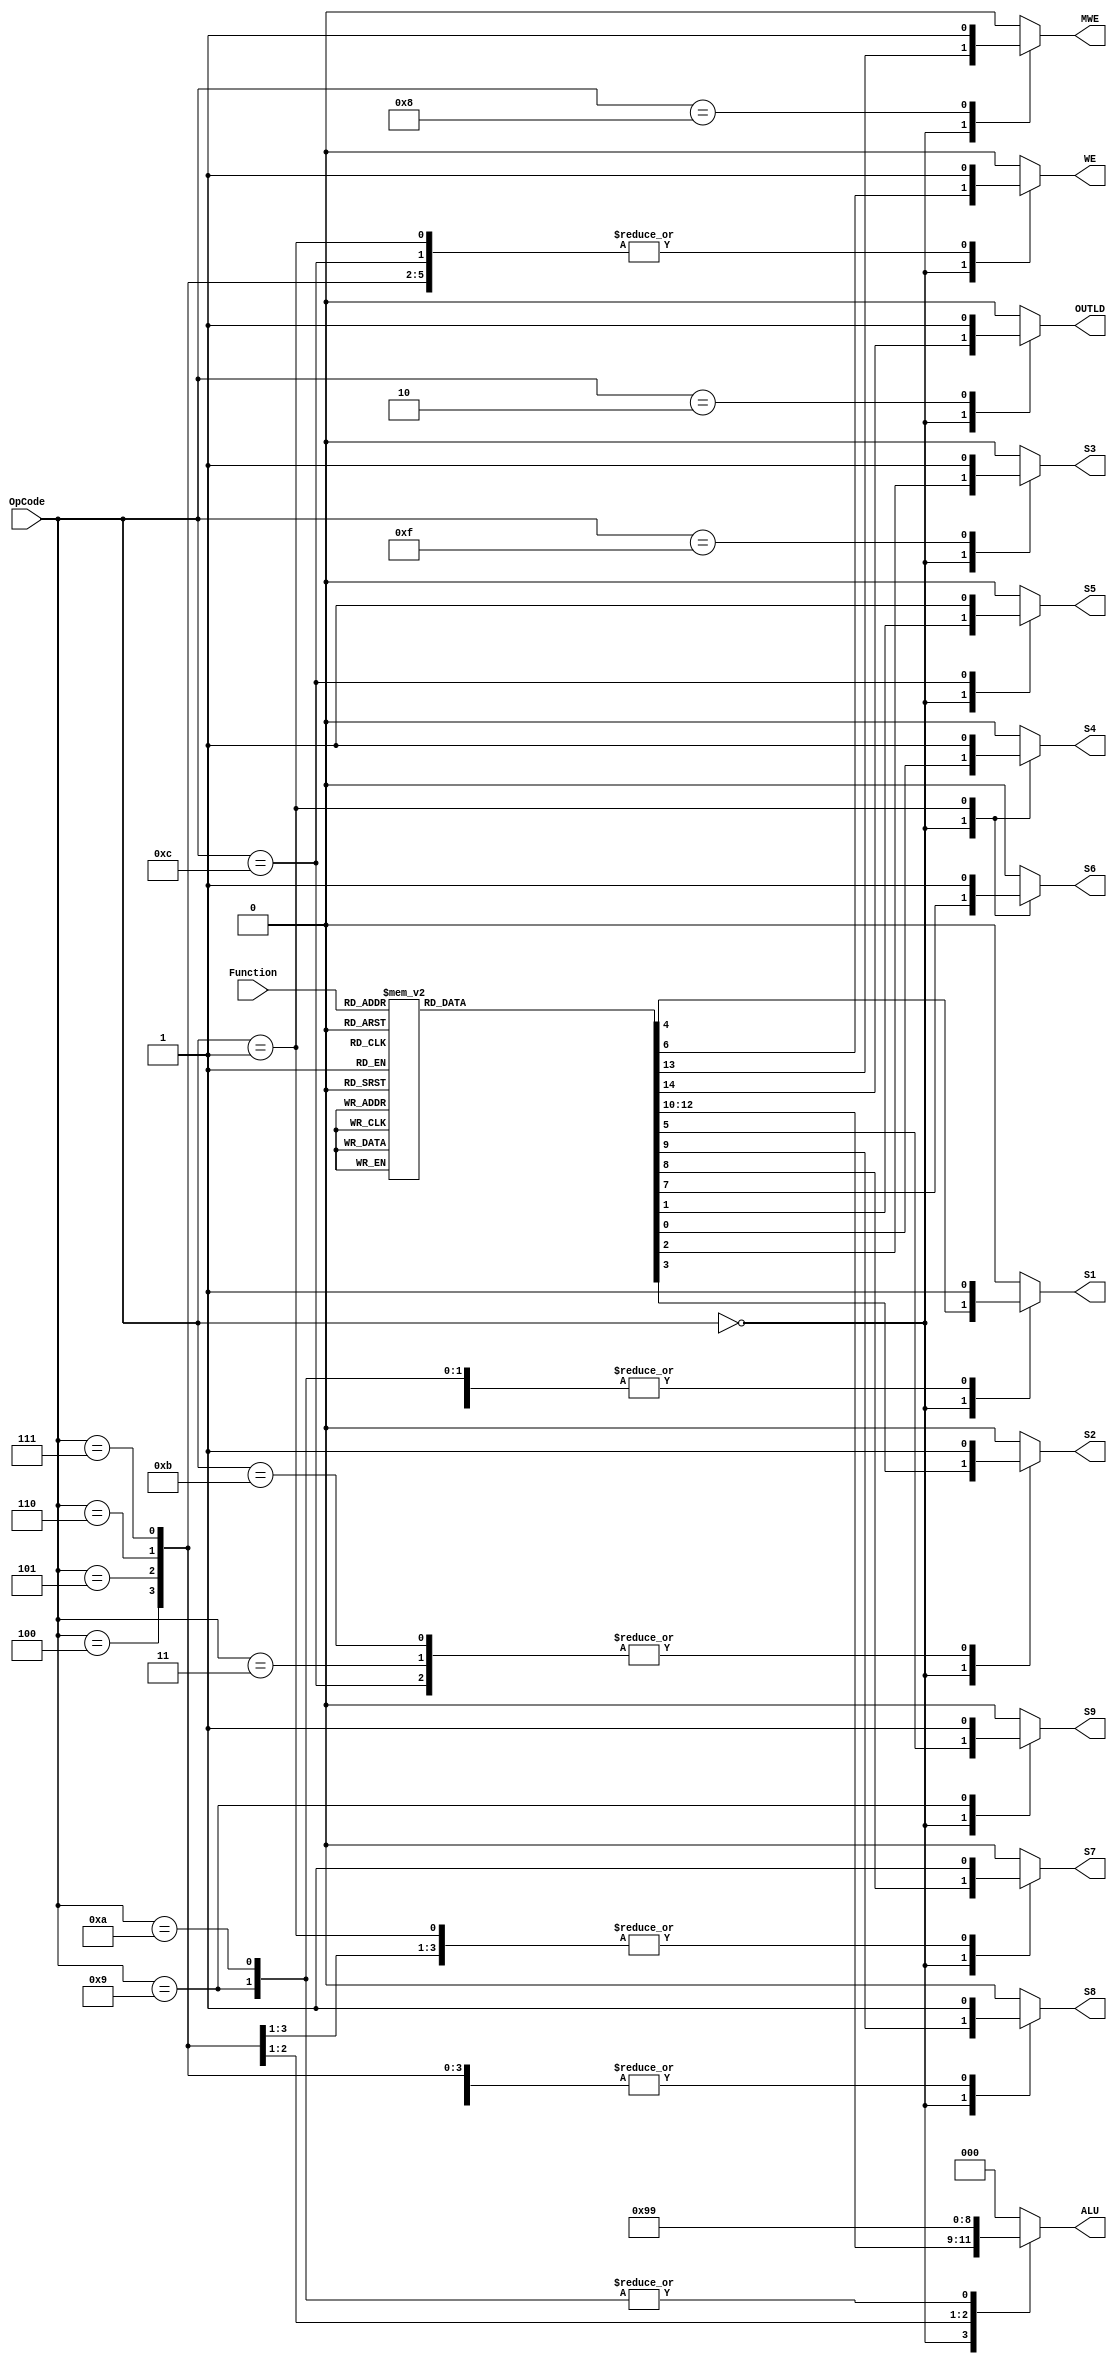
`timescale 1ns / 1ps
//////////////////////////////////////////////////////////////////////////////////
// Company: 
// Engineer: 
// 
// Design Name: 
// Module Name:    ControlUnit 
// Project Name: 
// Target Devices: 
// Tool versions: 
// Description: 
//
// Dependencies: 
//
// Revision: 
// Revision 0.01 - File Created
// Additional Comments: 
//
//////////////////////////////////////////////////////////////////////////////////
module ControlUnit( input [3:0]OpCode,
						  input [2:0]Function,
						  output reg [2:0] ALU,
						  output reg OUTLD, MWE, WE, S1,S2,S3,S4,S5,S6,S7,S8,S9 ); // s4	s5	s3	s2	s1	s9	WE	s6	s7	s8	ALU2	ALU1	ALU0	MWE	OUTLD
	
	always @(*)
	begin
		case (OpCode)
			4'b0000: 
			begin
				case (Function)
					3'b000: 
					begin
						S4=1;
						S5=0;
						S3=0;
						S2=0;
						S1=0;
						S9=0;
						WE=1;
						S6=0;
						S7=1;
						S8=0;
						ALU=3'b000;
						MWE=0;
						OUTLD=0;
					end
					3'b001:
					begin
						S4=1;
						S5=0;
						S3=0;
						S2=0;
						S1=0;
						S9=0;
						WE=1;
						S6=0;
						S7=1;
						S8=0;
						ALU=3'b001;
						MWE=0;
						OUTLD=0;
					end 
					3'b010: 
					begin 
						S4=1;
						S5=0;
						S3=0;
						S2=0;
						S1=0;
						S9=0;
						WE=1;
						S6=0;
						S7=1;
						S8=0;
						ALU=3'b010;
						MWE=0;
						OUTLD=0;
					end
					
					3'b011:
					begin
						S4=1;
						S5=0;
						S3=0;
						S2=0;
						S1=0;
						S9=0;
						WE=1;
						S6=0;
						S7=1;
						S8=0;
						ALU=3'b011;
						MWE=0;
						OUTLD=0;
					end

					3'b100: 
					begin
						S4=1;
						S5=0;
						S3=0;
						S2=0;
						S1=0;
						S9=0;
						WE=1;
						S6=0;
						S7=1;
						S8=0;
						ALU=3'b100;
						MWE=0;
						OUTLD=0;
					end
					3'b101: 
					begin
						S4=1;
						S5=0;
						S3=0;
						S2=0;
						S1=0;
						S9=0;
						WE=1;
						S6=0;
						S7=1;
						S8=0;
						ALU=3'b101;
						MWE=0;
						OUTLD=0;
					end
					3'b110: 
					begin
						S4=1;
						S5=0;
						S3=0;
						S2=0;
						S1=0;
						S9=0;
						WE=1;
						S6=0;
						S7=1;
						S8=0;
						ALU=3'b110;
						MWE=0;
						OUTLD=0;
					end
					3'b111: 
					begin
						S4=1;
						S5=0;
						S3=0;
						S2=0;
						S1=0;
						S9=0;
						WE=1;
						S6=0;
						S7=1;
						S8=0;
						ALU=3'b111;
						MWE=0;
						OUTLD=0;
					end
				endcase
			end
			4'b0100:
			begin
				S4=0;
				S5=0;
				S3=0;
				S2=0;
				S1=0;
				S9=0;
				WE=1;
				S6=0;
				S7=1;
				S8=1;
				ALU=3'b000;
				MWE=0;
				OUTLD=0;
			end
			4'b0101:
			begin
				S4=0;
				S5=0;
				S3=0;
				S2=0;
				S1=0;
				S9=0;
				WE=1;
				S6=0;
				S7=1;
				S8=1;
				ALU=3'b010;
				MWE=0;
				OUTLD=0;
			end
			4'b0110:
			begin
				S4=0;
				S5=0;
				S3=0;
				S2=0;
				S1=0;
				S9=0;
				WE=1;
				S6=0;
				S7=1;
				S8=1;
				ALU=3'b011;
				MWE=0;
				OUTLD=0;
			end
			4'b0111:
			begin
				S4=0;
				S5=0;
				S3=0;
				S2=0;
				S1=0;
				S9=0;
				WE=1;
				S6=0;
				S7=0;
				S8=1;
				ALU=3'b000;
				MWE=0;
				OUTLD=0;		
			end
			4'b1000:
			begin
				S4=0;
				S5=0;
				S3=0;
				S2=0;
				S1=0;
				S9=0;
				WE=0;
				S6=0;
				S7=0;
				S8=1;
				ALU=3'b000;
				MWE=1;
				OUTLD=0;
			end
			4'b1011:
			begin
				S4=0;
				S5=0;
				S3=0;
				S2=1;
				S1=0;
				S9=0;
				WE=0;
				S6=0;
				S7=0;
				S8=0;
				ALU=3'b000;
				MWE=0;
				OUTLD=0;
			end
			4'b1100:
			begin
				S4=0;
				S5=1;
				S3=0;
				S2=1;
				S1=0;
				S9=0;
				WE=1;
				S6=0;
				S7=0;
				S8=0;
				ALU=3'b000;
				MWE=0;
				OUTLD=0;
			end
			4'b0011:
			begin
				S4=0;
				S5=0;
				S3=0;
				S2=1;
				S1=1;
				S9=0;
				WE=0;
				S6=0;
				S7=0;
				S8=0;
				ALU=3'b000;
				MWE=0;
				OUTLD=0;
			end
			4'b1001:
			begin
				S4=0;
				S5=0;
				S3=0;
				S2=0;
				S1=1;
				S9=1;
				WE=0;
				S6=0;
				S7=0;
				S8=0;
				ALU=3'b001;
				MWE=0;
				OUTLD=0;
			end
			4'b1010:
			begin
				S4=0;
				S5=0;
				S3=0;
				S2=0;
				S1=1;
				S9=0;
				WE=0;
				S6=0;
				S7=0;
				S8=0;
				ALU=3'b001;
				MWE=0;
				OUTLD=0;
			end
			4'b0001:
			begin
				S4=1;
				S5=0;
				S3=0;
				S2=0;
				S1=0;
				S9=0;
				WE=1;
				S6=1;
				S7=1;
				S8=0;
				ALU=3'b000;
				MWE=0;
				OUTLD=0;
			end
			4'b0010:
			begin
				S4=0;
				S5=0;
				S3=0;
				S2=0;
				S1=0;
				S9=0;
				WE=0;
				S6=0;
				S7=0;
				S8=0;
				ALU=3'b000;
				MWE=0;
				OUTLD=1;
			end
			4'b1110:
			begin
				S4=0;
				S5=0;
				S3=0;
				S2=0;
				S1=0;
				S9=0;
				WE=0;
				S6=0;
				S7=0;
				S8=0;
				ALU=3'b000;
				MWE=0;
				OUTLD=0;
			end
			4'b1111:
			begin
				S4=0;
				S5=0;
				S3=1;
				S2=0;
				S1=0;
				S9=0;
				WE=0;
				S6=0;
				S7=0;
				S8=0;
				ALU=3'b000;
				MWE=0;
				OUTLD=0;
			end
			default:
			begin
				S4=0;
				S5=0;
				S3=0;
				S2=0;
				S1=0;
				S9=0;
				WE=0;
				S6=0;
				S7=0;
				S8=0;
				ALU=3'b000;
				MWE=0;
				OUTLD=0;
			end
			endcase
	end

endmodule